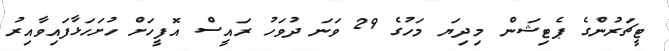
ޓީޗަރުންގެ ޕެޓިޝަން މިދިޔަ މަހުގެ 29 ވަނަ ދުވަހު ރައީސް އޮފީހަށް ހުށަހަޅާފައިވާއިރު